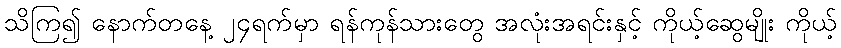
သိကြ၍ နောက်တနေ့ ၂၄ရက်မှာ ရန်ကုန်သားတွေ အလုံးအရင်းနှင့် ကိုယ့်ဆွေမျိုး ကိုယ့်